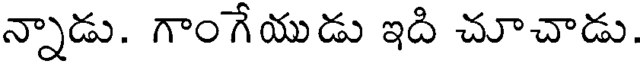
న్నాడు. గాంగేయుడు ఇది చూచాడు.